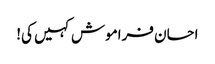
احسان فراموش کہیں کی!